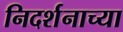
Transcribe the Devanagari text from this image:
निदर्शनाच्या